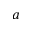
a